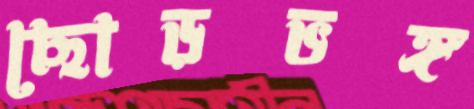
ছোড়ভঙ্গ